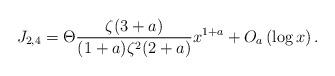
LaTeX: \begin{align*} J_{2,4}= {\Theta}\frac{\zeta(3+a)}{(1+a)\zeta^{2}(2+a)} x^{1+a} + O_{a}\left(\log x\right). \end{align*}